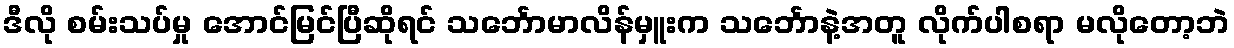
ဒီလို စမ်းသပ်မှု အောင်မြင်ပြီဆိုရင် သင်္ဘောမာလိန်မှူးက သင်္ဘောနဲ့အတူ လိုက်ပါစရာ မလိုတော့ဘဲ